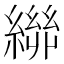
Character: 𮉃